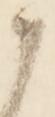
候